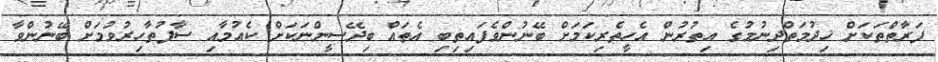
ފަރާތްތަކަށް ޚިދުމަތްދިނުމުގެ އިތުރުން އެހީތެރިކަމަށް ބޭނުންވެފައިތިބި އެތައް ބިދޭސީންނަކަށް ކެއުމާއި ސާފުތާހިރުވުމަށް ބޭނުންވާ